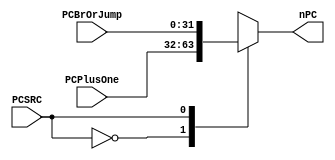
`timescale 1ns / 1ps
//////////////////////////////////////////////////////////////////////////////////
// Company: 
// Engineer: 
// 
// Design Name: 
// Module Name:    PCsrcMUX 
// Project Name: 
// Target Devices: 
// Tool versions: 
// Description: 
//
// Dependencies: 
//
// Revision: 
// Revision 0.01 - File Created
// Additional Comments: 
//
//////////////////////////////////////////////////////////////////////////////////
module PCsrcMUX(nPC,PCPlusOne,PCBrOrJump,PCSRC);
output 	reg [31:0]	nPC;
input 	[31:0]	PCPlusOne, PCBrOrJump;
input 				PCSRC;

always @ (PCSRC or PCPlusOne or PCBrOrJump)
begin
case (PCSRC)
	'b0:  nPC = PCPlusOne;
	'b1:  nPC = PCBrOrJump;
endcase
end
endmodule